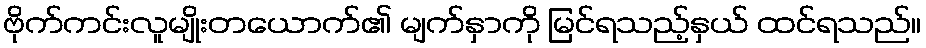
ဗိုက်ကင်းလူမျိုးတယောက်၏ မျက်နှာကို မြင်ရသည့်နှယ် ထင်ရသည်။